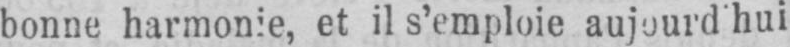
bonne harmonie, et il s’emploie aujourd’hui